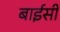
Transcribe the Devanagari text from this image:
बाईसी